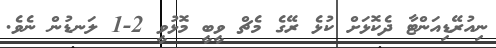
ނިއުރޭޑިއަންޓާ ދެކޮޅަށް ކުޅެ ރޭގެ މެޗް ވީބީ މޮޅުވީ 2-1 ލަނޑުން ނެވެ.